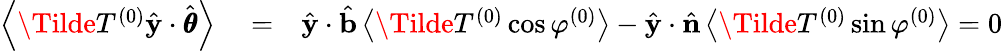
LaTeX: \begin{array}{rlr}{\left<\Tilde{T}^{(0)}\hat{\mathbf{y}}\cdot\hat{\pmb{\theta}}\right>}&{{}=}&{\hat{\mathbf{y}}\cdot\hat{\mathbf{b}}\left<\Tilde{T}^{(0)}\cos\varphi^{(0)}\right>-\hat{\mathbf{y}}\cdot\hat{\mathbf{n}}\left<\Tilde{T}^{(0)}\sin\varphi^{(0)}\right>=0}\end{array}